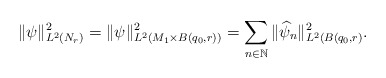
\begin{align*}\Vert \psi \Vert^2_{L^2(N_r)} = \Vert \psi \Vert^2_{L^2(M_1 \times B(q_0, r))} = \sum_{n\in \mathbb N} \Vert \widehat{\psi}_n \Vert^2_{L^2(B(q_0, r)}.\end{align*}